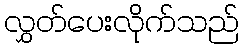
လွှတ်ပေးလိုက်သည်